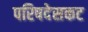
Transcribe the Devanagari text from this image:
परिषदेसकट